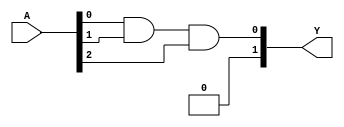
module fuse_based_PLA (
    input wire [N-1:0] A, // Input signals (N inputs)
    output wire [M-1:0] Y // Output signals (M outputs)
);

parameter N = 3; // Number of inputs (change as needed)
parameter M = 2; // Number of outputs (change as needed)
parameter P = 4; // Number of product terms in AND array (change as needed)

// Define product terms
wire [P-1:0] P_term;

// Programmable AND gates (fuse-based)
genvar i, j;
generate
    for (i = 0; i < P; i = i + 1) begin : and_array
        wire [N-1:0] inputs; // Inputs to the AND gate
        wire fuse; // Fuse control signal (1: connected, 0: blown)

        // Connect inputs based on fuse configuration
        // Example fuses for each AND gate (customize as needed)
        assign fuse = (i == 0) ? 1 : 0; // Example: only connect first AND gate
        assign inputs[0] = (fuse) ? A[0] : 1'b0; // Example input connection
        assign inputs[1] = (fuse) ? A[1] : 1'b0; // Example input connection
        assign inputs[2] = (fuse) ? A[2] : 1'b0; // Example input connection

        // AND gate implementation
        assign P_term[i] = inputs[0] & inputs[1] & inputs[2];
    end
endgenerate

// Fixed OR array (combining product terms)
assign Y[0] = P_term[0] | P_term[1]; // Output Y1
assign Y[1] = P_term[2] | P_term[3]; // Output Y2

endmodule